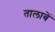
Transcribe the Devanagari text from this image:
तालाबें